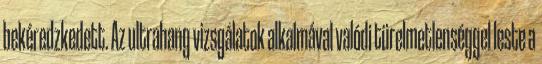
bekéredzkedett. Az ultrahang vizsgálatok alkalmával valódi türelmetlenséggel leste a